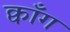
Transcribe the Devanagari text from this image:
क्वाँग